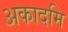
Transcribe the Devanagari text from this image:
अकादमि